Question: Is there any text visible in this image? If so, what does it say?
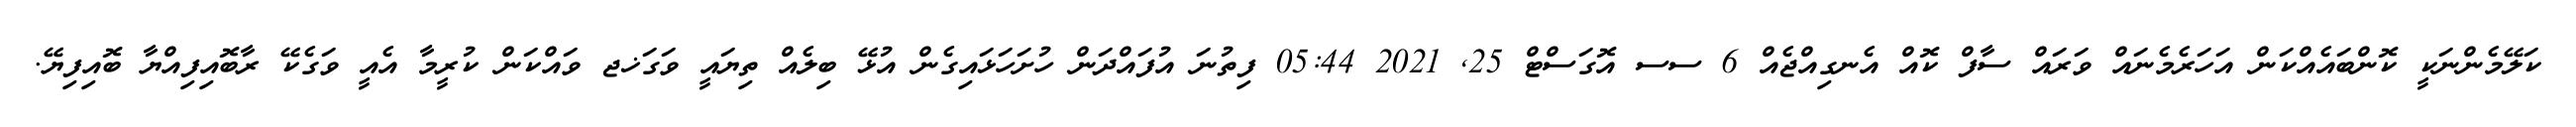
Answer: ކަލޭމެންނަކީ ކޮންބައެއްކަން އަހަރެމެނައް ވަރައް ސާފް ކޮއް އެނގިއްޖެއް 6 ސސ އޮގަސްޓް 25, 2021 05:44 ފިތުނަ އުފައްދަން ހުށަހަޅައިގެން އުޅޭ ބިލެއް ތިޔައީ ވަގަޚޖ ވައްކަން ކުރީމާ އެއީ ވަގެކޭ ރާބޮއިފިއްޔާ ބޮއިފިޔޭ.